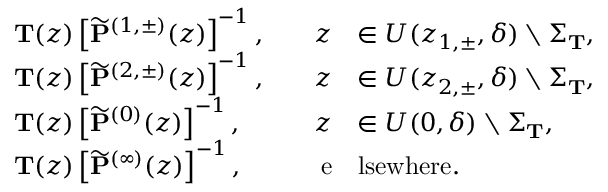
\begin{array} { r l r l } & { \mathbf { T } ( z ) \left[ \widetilde { \mathbf { P } } ^ { ( 1 , \pm ) } ( z ) \right] ^ { - 1 } , \quad } & { z } & { \in U ( z _ { 1 , \pm } , \delta ) \setminus \Sigma _ { \mathbf { T } } , } \\ & { \mathbf { T } ( z ) \left[ \widetilde { \mathbf { P } } ^ { ( 2 , \pm ) } ( z ) \right] ^ { - 1 } , \quad } & { z } & { \in U ( z _ { 2 , \pm } , \delta ) \setminus \Sigma _ { \mathbf { T } } , } \\ & { \mathbf { T } ( z ) \left[ \widetilde { \mathbf { P } } ^ { ( 0 ) } ( z ) \right] ^ { - 1 } , \quad } & { z } & { \in U ( 0 , \delta ) \setminus \Sigma _ { \mathbf { T } } , } \\ & { \mathbf { T } ( z ) \left[ \widetilde { \mathbf { P } } ^ { ( \infty ) } ( z ) \right] ^ { - 1 } , \quad } & { \mathrm { e } } & { \mathrm { l s e w h e r e } . } \end{array}